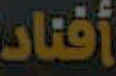
أفناد